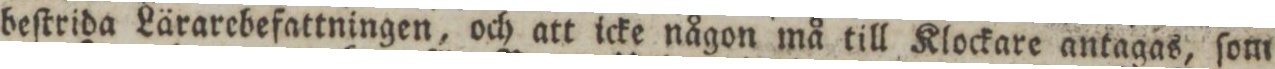
beſtrida Lärarebefattningen, och att icke någon må till Klockare antagas, ſom